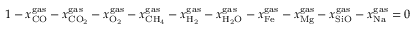
\begin{array} { r } { 1 - x _ { \mathrm { { C O } } } ^ { { \mathrm { g a s } } } - x _ { \mathrm { { C } } { { \mathrm { O } } _ { \mathrm { { 2 } } } } } ^ { { \mathrm { g a s } } } - x _ { { \mathrm { { O } } _ { \mathrm { 2 } } } } ^ { \mathrm { { g a s } } } - x _ { { \mathrm { C } } { \mathrm { { H } } _ { \mathrm { 4 } } } } ^ { \mathrm { { g a s } } } - x _ { { { \mathrm { H } } _ { \mathrm { { 2 } } } } } ^ { { \mathrm { g a s } } } - x _ { { \mathrm { { H } } _ { \mathrm { 2 } } } \mathrm { { O } } } ^ { { \mathrm { g a s } } } - x _ { \mathrm { { F e } } } ^ { { \mathrm { g a s } } } - x _ { \mathrm { { M g } } } ^ { { \mathrm { g a s } } } - x _ { \mathrm { { S i O } } } ^ { { \mathrm { g a s } } } - x _ { \mathrm { { N a } } } ^ { { \mathrm { g a s } } } = 0 } \end{array}